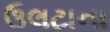
ઉલટાના